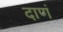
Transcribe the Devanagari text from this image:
दाणं